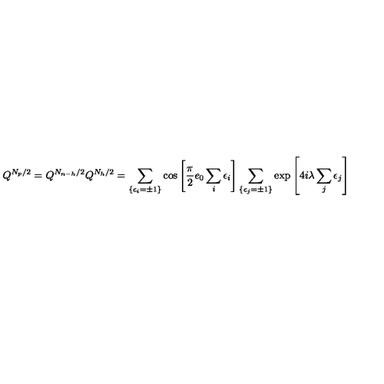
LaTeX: Q ^ { N _ { p } / 2 } = Q ^ { N _ { n - h } / 2 } Q ^ { N _ { h } / 2 } = \sum _ { \{ \epsilon _ { i } = \pm 1 \} } \cos \left[ \frac { \pi } { 2 } e _ { 0 } \sum _ { i } \epsilon _ { i } \right] \sum _ { \{ \epsilon _ { j } = \pm 1 \} } \exp \left[ 4 i \lambda \sum _ { j } \epsilon _ { j } \right]